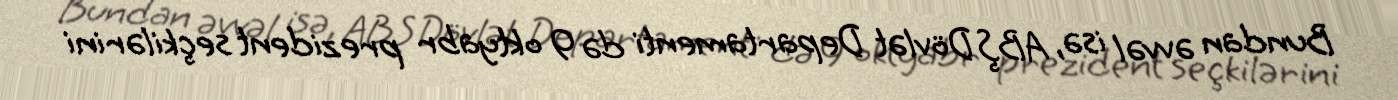
Bundan əvvəl isə, ABŞ Dövlət Departamenti də 9 oktyabr prezident seçkilərini